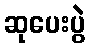
ဆုပေးပွဲ